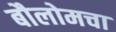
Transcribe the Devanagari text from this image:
बौलोमचा